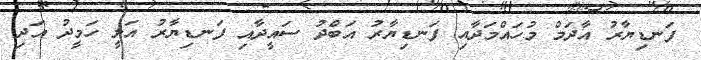
ފަނޑިޔާރު އާދަމް މުހައްމަދާއި ފަނޑިޔާރު އަބްދު ސައީދާއި ފަނޑިޔާރު އަލީ ހަމީދު އަދި